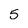
Character: 5